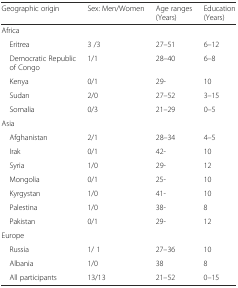
<table><thead><tr><td><b>Geographic origin</b></td><td><b>Sex: Men/Women</b></td><td><b>Age ranges (Years)</b></td><td><b>Education (Years)</b></td></tr></thead><tbody><tr><td>Africa</td><td></td><td></td><td></td></tr><tr><td> Eritrea</td><td>3 /3</td><td>27–51</td><td>6–12</td></tr><tr><td> Democratic Republic of Congo</td><td>1/1</td><td>28–40</td><td>6–8</td></tr><tr><td> Kenya</td><td>0/1</td><td>29-</td><td>10</td></tr><tr><td> Sudan</td><td>2/0</td><td>27–52</td><td>3–15</td></tr><tr><td> Somalia</td><td>0/3</td><td>21–29</td><td>0–5</td></tr><tr><td>Asia</td><td></td><td></td><td></td></tr><tr><td> Afghanistan</td><td>2/1</td><td>28–34</td><td>4–5</td></tr><tr><td> Irak</td><td>0/1</td><td>42-</td><td>10</td></tr><tr><td> Syria</td><td>1/0</td><td>29-</td><td>12</td></tr><tr><td> Mongolia</td><td>0/1</td><td>25-</td><td>10</td></tr><tr><td> Kyrgystan</td><td>1/0</td><td>41-</td><td>10</td></tr><tr><td> Palestina</td><td>1/0</td><td>38-</td><td>8</td></tr><tr><td> Pakistan</td><td>0/1</td><td>29-</td><td>12</td></tr><tr><td>Europe</td><td></td><td></td><td></td></tr><tr><td> Russia</td><td>1/ 1</td><td>27–36</td><td>10</td></tr><tr><td> Albania</td><td>1/0</td><td>38</td><td>8</td></tr><tr><td> All participants</td><td>13/13</td><td>21–52</td><td>0–15</td></tr></tbody></table>